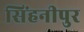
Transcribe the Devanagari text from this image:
सिंहनीपुर